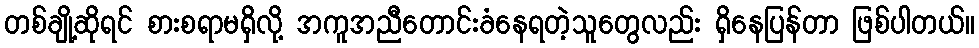
တစ်ချို့ဆိုရင် စားစရာမရှိလို့ အကူအညီတောင်းခံနေရတဲ့သူတွေလည်း ရှိနေပြန်တာ ဖြစ်ပါတယ်။